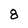
Character: 8